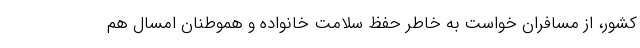
کشور، از مسافران خواست به خاطر حفظ سلامت خانواده و هموطنان امسال هم